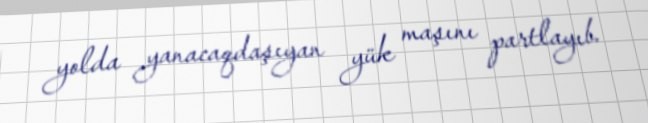
yolda yanacaqdaşıyan yük maşını partlayıb.